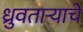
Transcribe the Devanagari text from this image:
ध्रुवताऱ्याचे